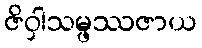
ဇိဝှါသမ္ဖဿဇာယ